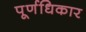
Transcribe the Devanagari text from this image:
पूर्णधिकार